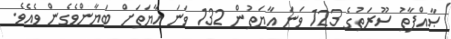
ޞާއްފާތު ސޫރަތުގެ 123 ވަނަ އާޔަތުން 132 ވަނަ އާޔަތަށް ބަޔާންވެގެން ވެއެވެ.